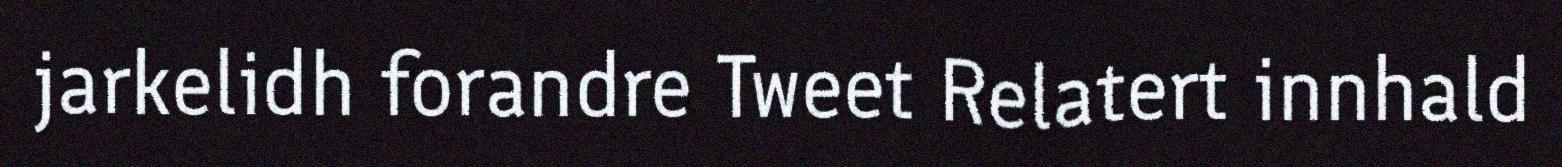
jarkelidh forandre Tweet Relatert innhald